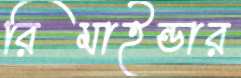
রিমাইন্ডার